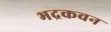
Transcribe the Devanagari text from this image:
भद्रकवन